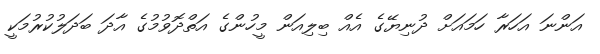
އަންނަ އަހަރާ ހަމައަށް ދުނިޔޭގެ އެއް ބިލިއަން މީހުންގެ އަތްދޮވުމުގެ އާދަ ބަދަލުކުރުމަކީ